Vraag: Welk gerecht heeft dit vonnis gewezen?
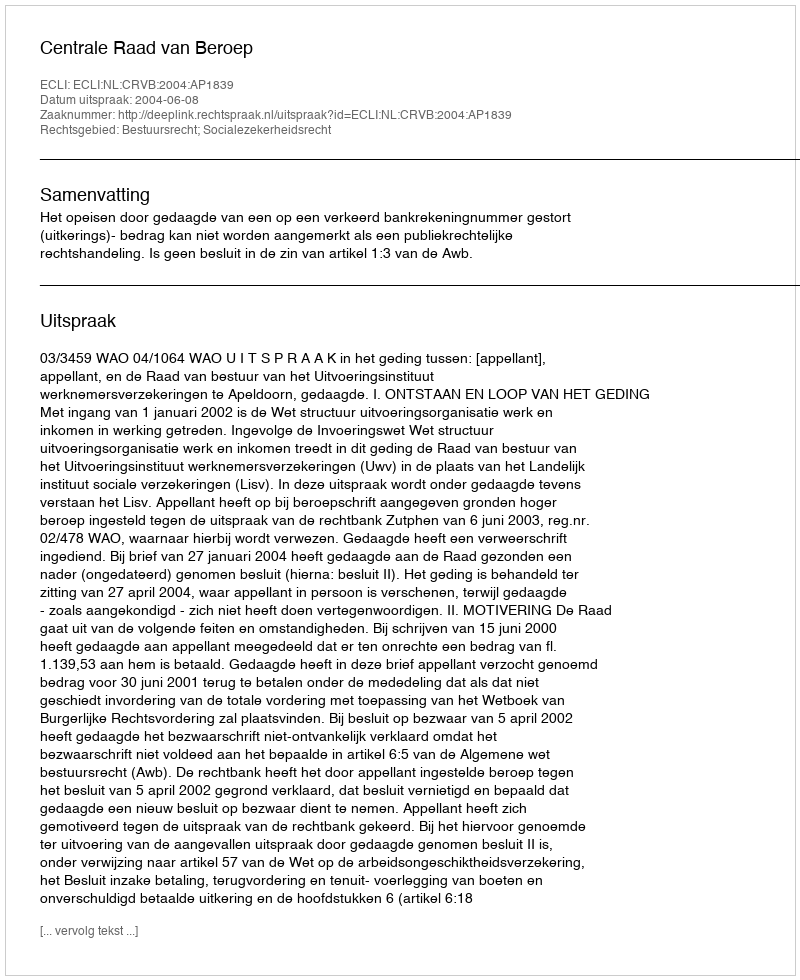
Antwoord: Centrale Raad van Beroep